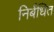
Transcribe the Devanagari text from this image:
निर्बंधित